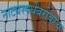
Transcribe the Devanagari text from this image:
नाट्यस्पर्धेबरोबरच